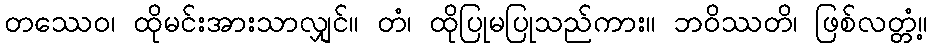
တဿေဝ၊ ထိုမင်းအားသာလျှင်။ တံ၊ ထိုပြုမပြုသည်ကား။ ဘဝိဿတိ၊ ဖြစ်လတ္တံ့။